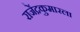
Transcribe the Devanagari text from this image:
राजेंद्रकुमारला